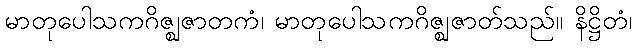
မာတုပေါသကဂိဇ္ဈဇာတကံ၊ မာတုပေါသကဂိဇ္ဈဇာတ်သည်။ နိဋ္ဌိတံ၊